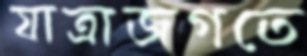
যাত্রাজগতে